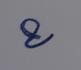
Signature authenticity: genuine